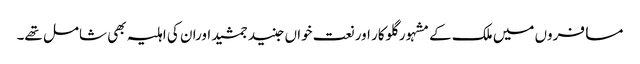
مسافروں میں ملک کے مشہور گلوکار اور نعت خواں جنید جمشید اوران کی اہلیہ بھی شامل تھے۔